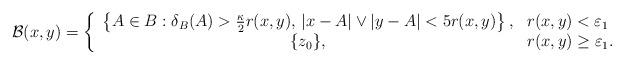
LaTeX: \begin{align*}\mathcal B(x,y)=\left\{\begin{array}{c l}\left\{A\in B:\delta_B(A)>\frac{\kappa}2 r(x,y),\,|x-A|\vee|y-A|<5r(x,y)\right\}, & r(x,y)<\varepsilon_1\\\{z_0\}, & r(x,y)\geq\varepsilon_1. \end{array}\right.\end{align*}